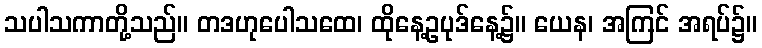
သပါသကာတို့သည်။ တဒဟုပေါသထေ၊ ထိုနေ့ဥပုဒ်နေ့၌။ ယေန၊ အကြင် အရပ်၌။